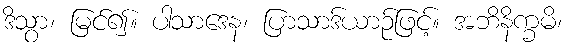
ဒိသွာ၊ မြင်၍။ ပါသာဒေန၊ ပြာသာဒ်ယာဉ်ဖြင့်။ အဘိနိက္ခမိ၊